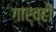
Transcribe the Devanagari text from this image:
गार्व्ही